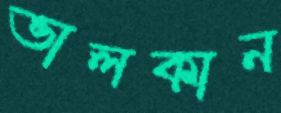
ভালকান